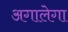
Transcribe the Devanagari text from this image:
अगालेगा